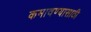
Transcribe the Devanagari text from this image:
कमावण्यासाठी